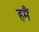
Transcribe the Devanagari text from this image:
हमैं